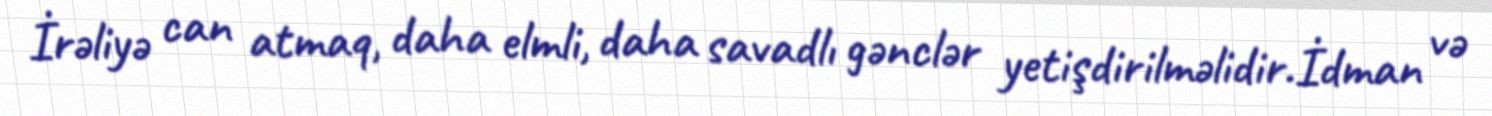
İrəliyə can atmaq, daha elmli, daha savadlı gənclər yetişdirilməlidir.İdman və